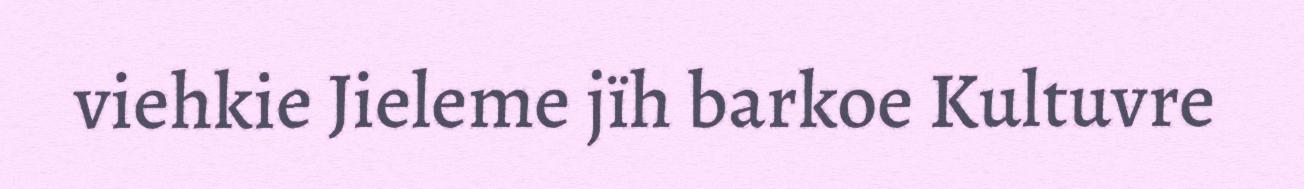
viehkie Jieleme jïh barkoe Kultuvre